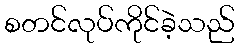
စတင်လုပ်ကိုင်ခဲ့သည်